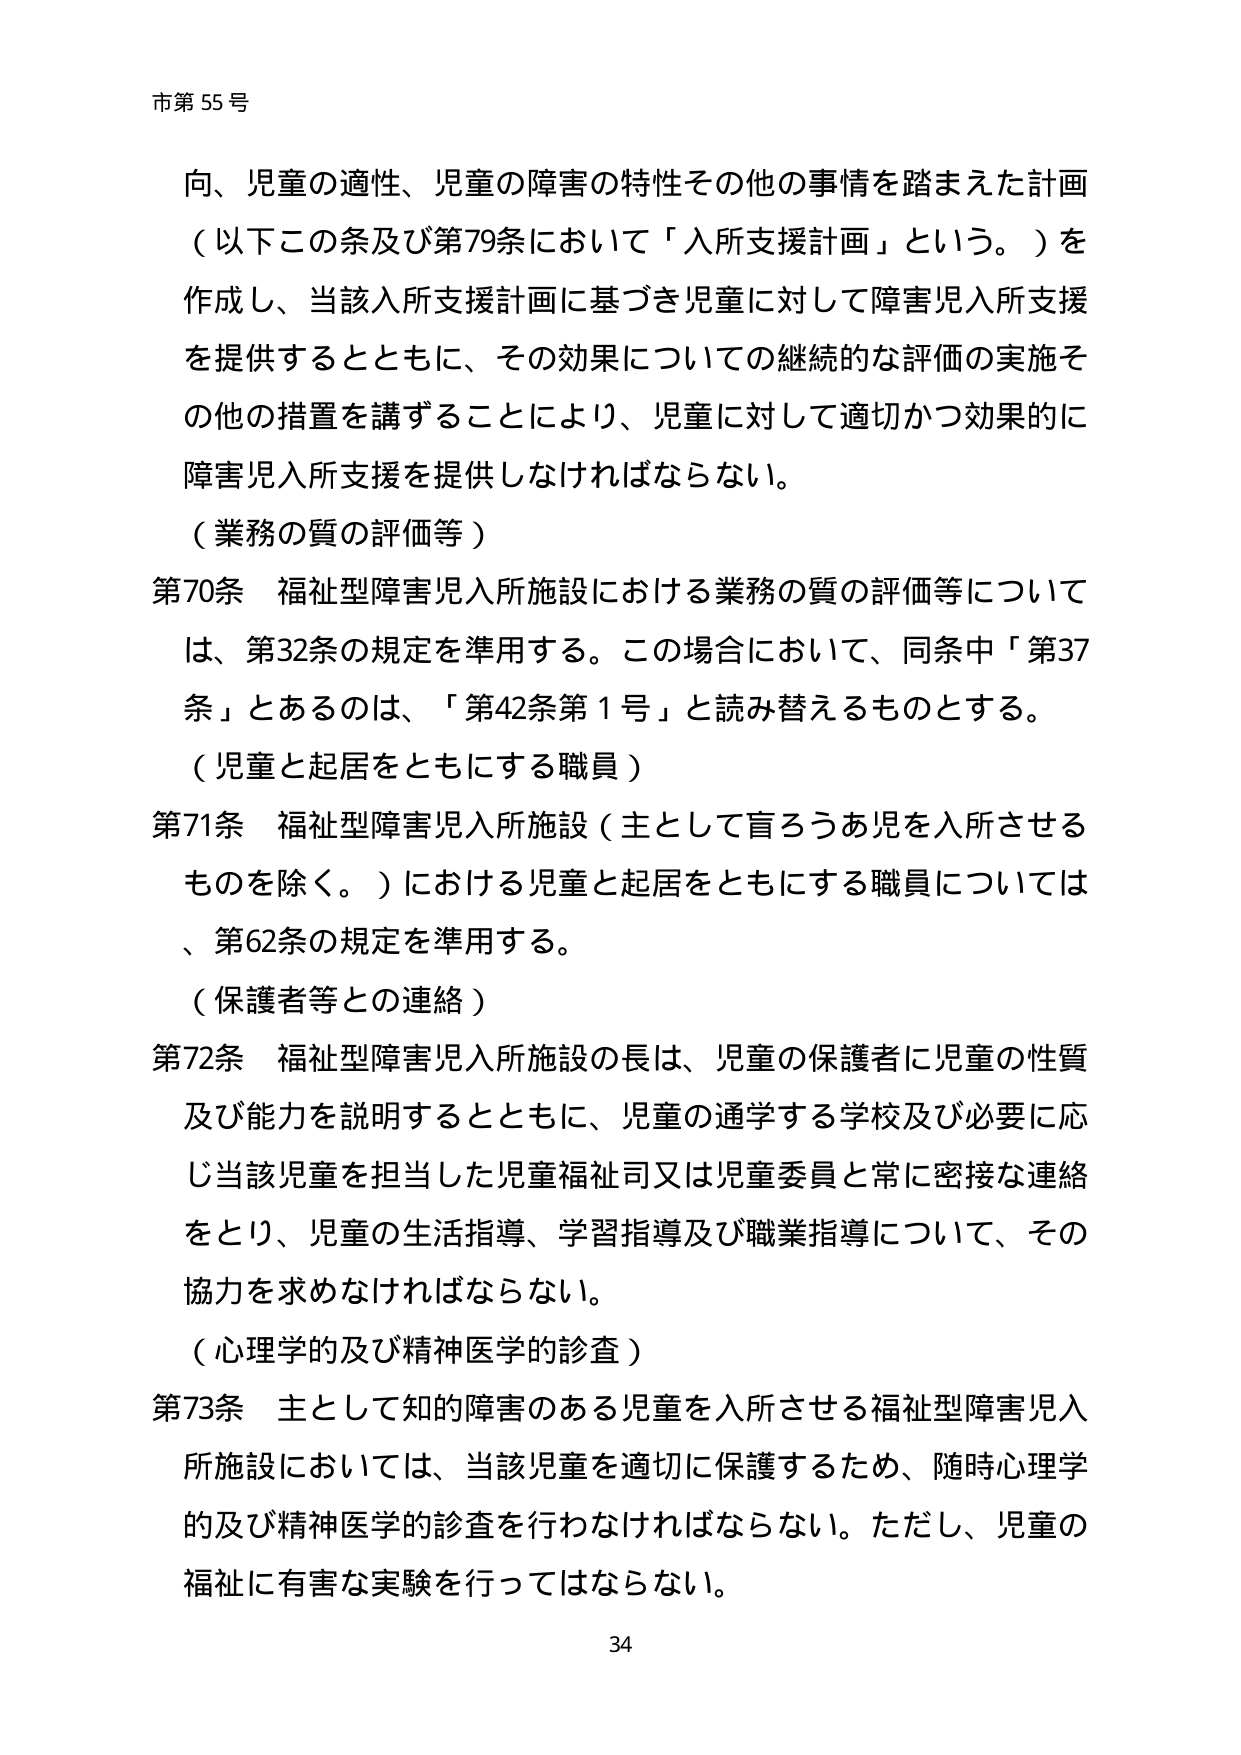
市第55号

向、児童の適性、児童の障害の特性その他の事情を踏まえた計画
（以下この条及び第79条において「入所支援計画」という。）を作成し、当該入所支援計画に基づき児童に対して障害児入所支援を提供するとともに、その効果についての継続的な評価の実施その他の措置を講ずることにより、児童に対して適切かつ効果的に障害児入所支援を提供しなければならない。

（業務の質の評価等）
第70条 福祉型障害児入所施設における業務の質の評価等については、第32条の規定を準用する。この場合において、同条中「第37条」とあるのは、「第42条第1号」と読み替えるものとする。

（児童と起居をともにする職員）
第71条 福祉型障害児入所施設（主として盲ろうあ児を入所させるものを除く。）における児童と起居をともにする職員については、第62条の規定を準用する。

（保護者等との連絡）
第72条 福祉型障害児入所施設の長は、児童の保護者に児童の性質及び能力を説明するとともに、児童の通学する学校及び必要に応じ当該児童を担当した児童福祉司又は児童委員と常に密接な連絡をとり、児童の生活指導、学習指導及び職業指導について、その協力を求めなければならない。

（心理学的及び精神医学的診査）
第73条 主として知的障害のある児童を入所させる福祉型障害児入所施設においては、当該児童を適切に保護するため、随時心理学的及び精神医学的診査を行わなければならない。ただし、児童の福祉に有害な実験を行ってはならない。

34